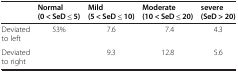
|  | Normal(0 < SeD ≤ 5) | Mild(5 < SeD ≤ 10) | Moderate(10 < SeD ≤ 20) | severe(SeD > 20) |
 | --- | --- | --- | --- | --- |
 | Deviated to left | 53% | 7.6 | 7.4 | 4.3 |
 | Deviated to right |  | 9.3 | 12.8 | 5.6 |